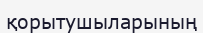
қорытушыларының